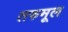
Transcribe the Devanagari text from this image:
तरुमूल